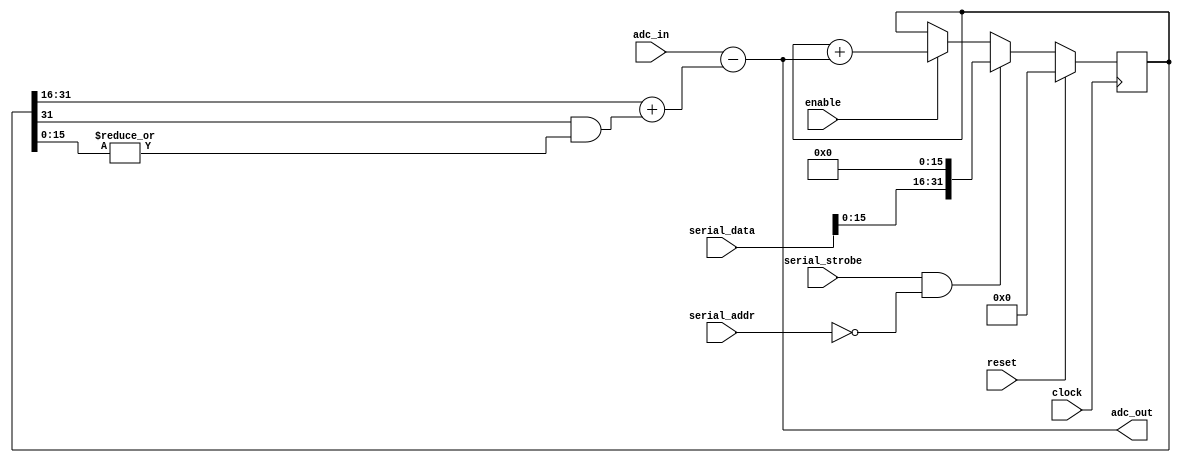


module rx_dcoffset (input clock, input enable, input reset, 
		    input signed [15:0] adc_in, output signed [15:0] adc_out,
		    input wire [6:0] serial_addr, input wire [31:0] serial_data, input serial_strobe);
   parameter 		  MYADDR = 0;
   
   reg signed [31:0] 		 integrator;
   wire signed [15:0] 		 scaled_integrator = integrator[31:16] + (integrator[31] & |integrator[15:0]);
   assign 			 adc_out = adc_in - scaled_integrator;

   // FIXME do we need signed?
   //FIXME  What do we do when clipping?
   always @(posedge clock)
     if(reset)
       integrator <= #1 32'd0;
     else if(serial_strobe & (MYADDR == serial_addr))
       integrator <= #1 {serial_data[15:0],16'd0};
     else if(enable)
       integrator <= #1 integrator + adc_out;

endmodule // rx_dcoffset